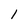
Character: 1